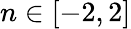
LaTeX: n\in[-2,2]